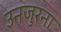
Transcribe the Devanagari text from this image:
उनजुरना